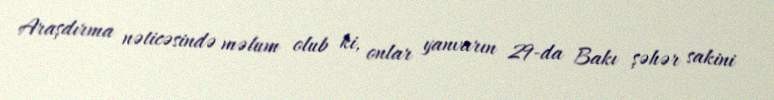
Araşdırma nəticəsində məlum olub ki, onlar yanvarın 29-da Bakı şəhər sakini